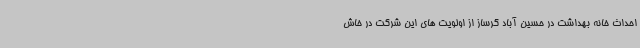
احداث خانه بهداشت در حسین آباد گرساز از اولویت های این شرکت در خاش